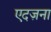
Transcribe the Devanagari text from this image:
एदज़ना